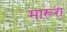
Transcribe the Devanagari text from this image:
मारूरा